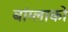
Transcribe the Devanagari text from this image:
बांग्लाको